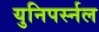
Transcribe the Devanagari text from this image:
युनिपर्स्नल